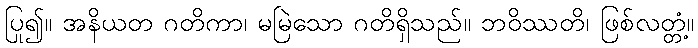
ပြု၍။ အနိယတ ဂတိကာ၊ မမြဲသော ဂတိရှိသည်။ ဘဝိဿတိ၊ ဖြစ်လတ္တံ့။